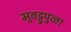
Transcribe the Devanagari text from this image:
मुवट्टुपुळा